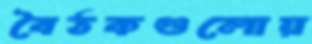
বৈঠকগুলোয়